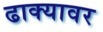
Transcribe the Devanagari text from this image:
ढाक्यावर